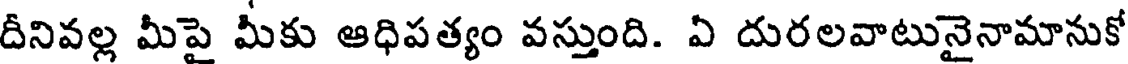
దీనివల్ల మీపై మీకు ఆధిపత్యం వస్తుంది. ఏ దురలవాటునైనామానుకో